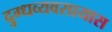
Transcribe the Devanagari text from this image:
दुग्धव्यवसायास